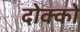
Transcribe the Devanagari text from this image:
दोक्को